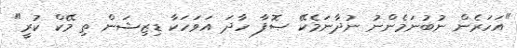
"އަހަރެން ނުބުނަމެންނު ނުދާނަމެކޭ ޞޮފާ ހާދަ އަވަހަކާ ޑިޒިޝަން ތި މޭކް ކުރީ"